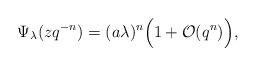
LaTeX: \begin{align*} \Psi_\lambda(zq^{-n})= (a\lambda)^n\Big(1+\mathcal O(q^n) \Big),\end{align*}